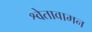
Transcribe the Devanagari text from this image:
श्वेतावामन